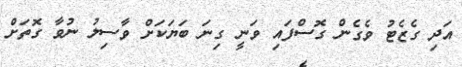
އަދި ގެޒެޓު ވެގެން ގޮސްފައި ވަނީ ގިނަ ބަޔަކަށް ވާސިލު ނުވާ ގޮތަށް